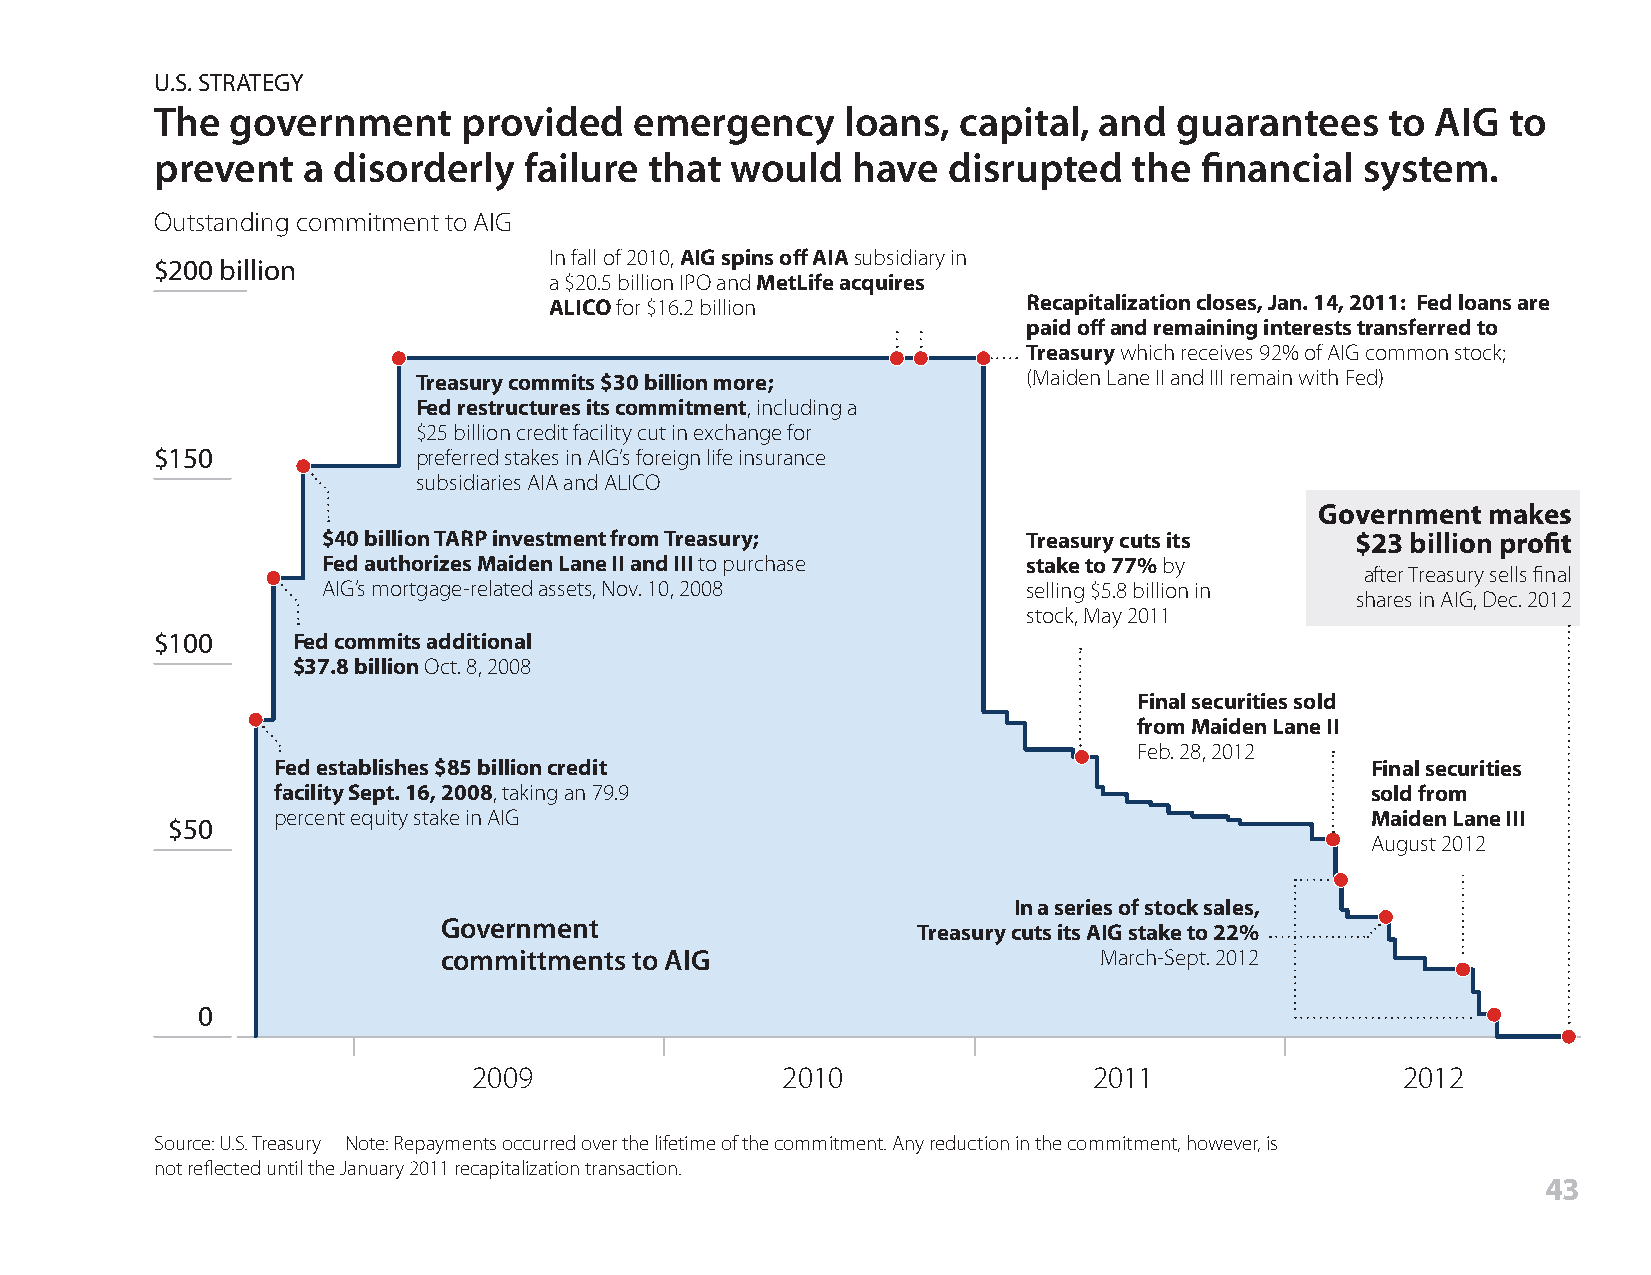
U.S. STRATEGY
 The  government      provided   emergency     loans, capital,  and  guarantees    to AIG  to
 prevent   a disorderly   failure that would   have   disrupted   the financial  system.
 Outstanding commitment to AIG
 In fall of 2010, AIG spins off AIA subsidiary in
 $200 billion
 a $20.5 billion IPO and MetLife acquires
 ALICO for $16.2 billion         Recapitalization closes, Jan. 14, 2011: Fed loans are
 paid off and remaining interests transferred to
 Treasury which receives 92% of AIG common stock;
 Treasury commits $30 billion more;      (Maiden Lane II and III remain with Fed)
 Fed restructures its commitment, including a
 $25 billion credit facility cut in exchange for
 $150              preferred stakes in AIG’s foreign life insurance
 subsidiaries AIA and ALICO
 Government makes
 $40 billion TARP investment from Treasury;     Treasury cuts its     $23 billion profit
 Fed authorizes Maiden Lane II and III to purchase stake to 77% by
 after Treasury sells final
 AIG’s mortgage-related assets, Nov. 10, 2008   selling $5.8 billion in
 shares in AIG, Dec. 2012
 stock, May 2011
 $100     Fed commits additional
 $37.8 billion Oct. 8, 2008
 Final securities sold
 from Maiden Lane II
 Feb. 28, 2012
 Fed establishes $85 billion credit                                       Final securities
 facility Sept. 16, 2008, taking an 79.9                                  sold from
 percent equity stake in AIG                                              Maiden Lane III
 $50
 August 2012
 In a series of stock sales,
 Government                      Treasury cuts its AIG stake to 22%
 committments to AIG                         March-Sept. 2012
 0
 2009                 2010                2011                 2012
 Source: U.S. Treasury Note: Repayments occurred over the lifetime of the commitment. Any reduction in the commitment, however, is
 not reflected until the January 2011 recapitalization transaction.
 43